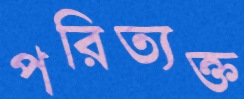
পরিত্যক্ত